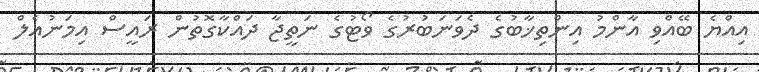
އިއްޔެ ބޭއްވި އާންމު އިންތިޚާބުގެ ދެވަނަބުރުގެ ވޯޓުގެ ނަތީޖާ ދައްކާގޮތުން ރައީސް އިމަނުއެލް